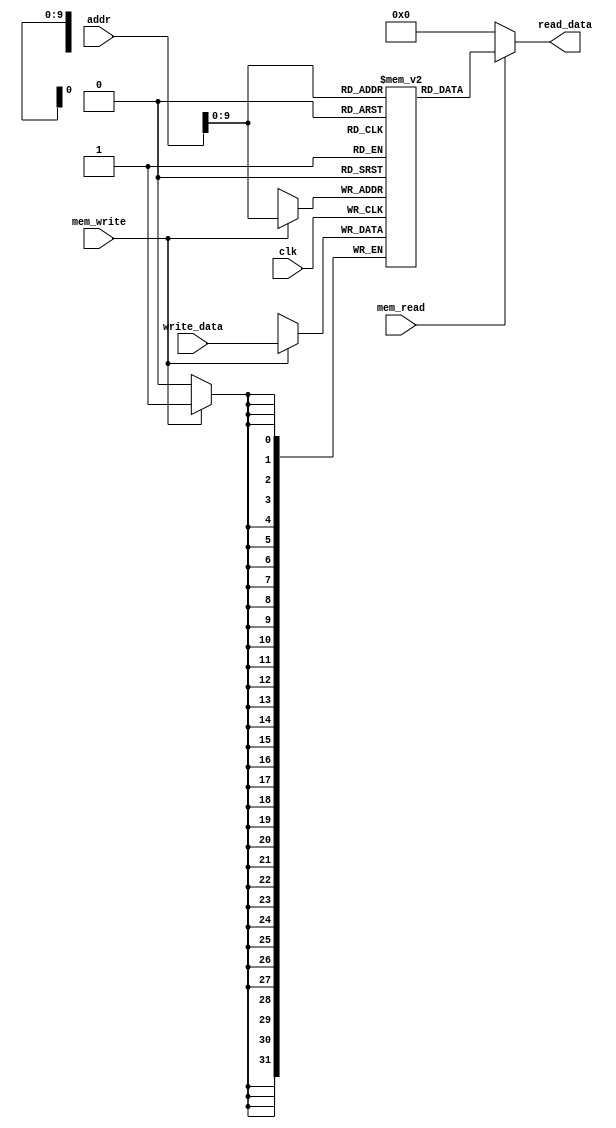
`timescale 1ns / 1ps
//////////////////////////////////////////////////////////////////////////////////
// Company: 
// Engineer: 
// 
// Design Name: 
// Module Name:    data_memory 
// Project Name: 
// Target Devices: 
// Tool versions: 
// Description: 
//
// Dependencies: 
//
// Revision: 
// Revision 0.01 - File Created
// Additional Comments: 
//
//////////////////////////////////////////////////////////////////////////////////
module data_memory(
    input clk,
    input [31:0] write_data,
    input mem_read,
    input mem_write,
    input [31:0] addr,
    output [31:0] read_data
    );

	reg [31:0] data_mem[1023:0];
	always @(posedge clk)
	begin
		if(mem_write)
			data_mem[addr] = write_data;
	end
	
	assign read_data = (mem_read==1'b1) ? data_mem[addr]: 32'b0; 

endmodule